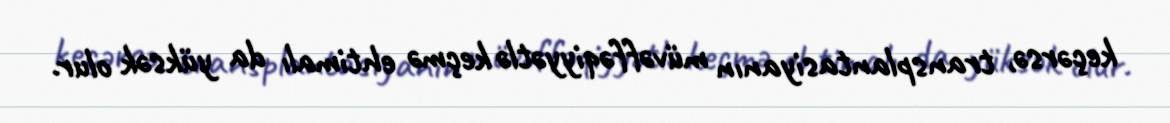
keçərsə, transplantasiyanın müvəffəqiyyətlə keçmə ehtimalı da yüksək olur.